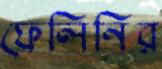
ফেলিনির